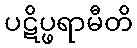
ပဋိပ္ဖရာမီတိ